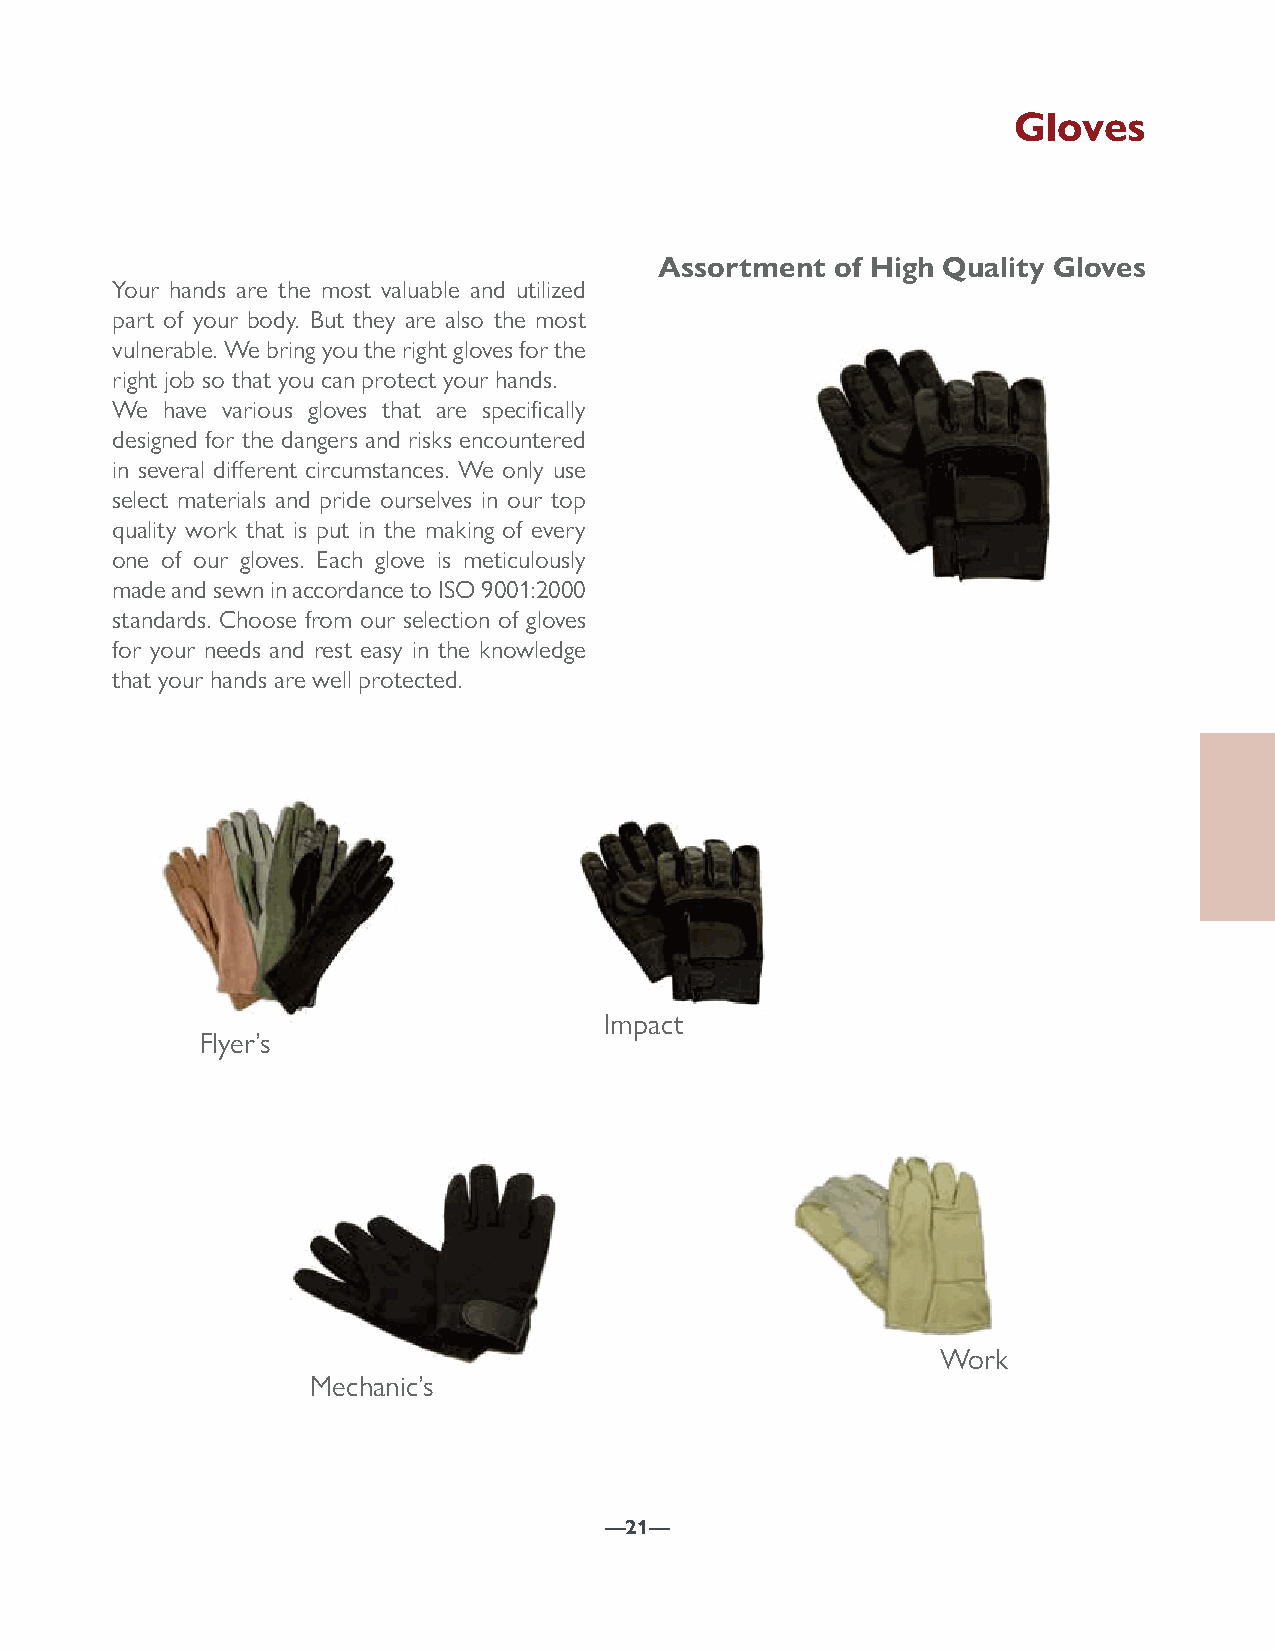
Gloves
 Assortment of High Quality Gloves
 Your hands are the most valuable and utilized
 part of your body. But they are also the most
 vulnerable. We bring you the right gloves for the
 right job so that you can protect your hands.
 We  have various gloves that are specifically
 designed for the dangers and risks encountered
 in several different circumstances. We only use
 select materials and pride ourselves in our top
 quality work that is put in the making of every
 one of our gloves. Each glove is meticulously
 made and sewn in accordance to ISO 9001:2000
 standards. Choose from our selection of gloves
 for your needs and rest easy in the knowledge
 that your hands are well protected.
 Impact
 Flyer’s
 Work
 Mechanic’s
 —21—